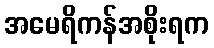
အမေရိကန်အစိုးရက